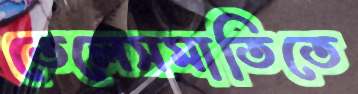
তেলেসমাতিতে